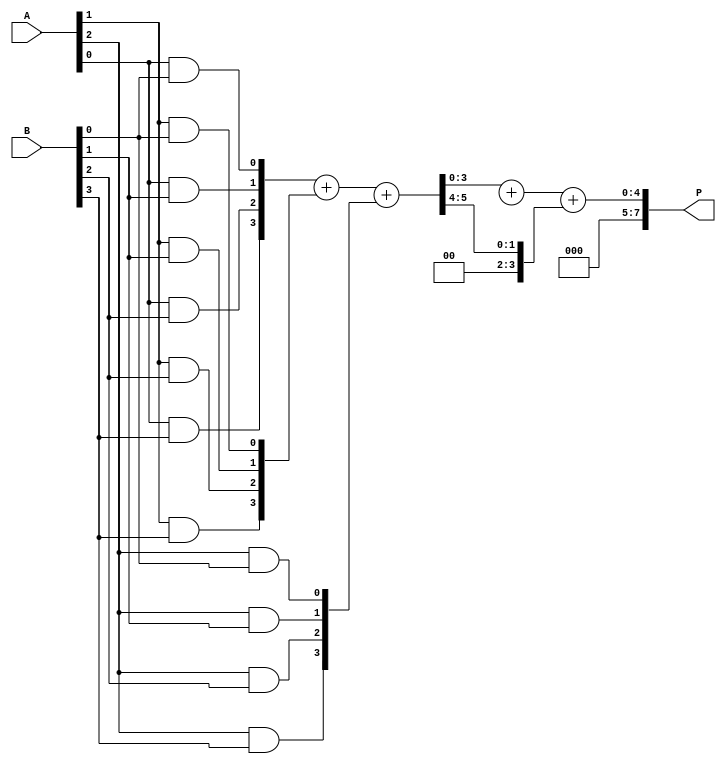
module wallace_tree_multiplier #(parameter N = 4) (
    input  [N-1:0] A,
    input  [N-1:0] B,
    output [2*N-1:0] P
);

// Partial Product Generation
wire [N-1:0] pp [N-1:0]; // Partial products

genvar i, j;
generate
    for (i = 0; i < N; i = i + 1) begin : pp_gen
        for (j = 0; j < N; j = j + 1) begin : pp_and
            assign pp[i][j] = A[i] & B[j];
        end
    end
endgenerate

// Reduction Tree
wire [N-1:0] sum [N-1:0]; // Sums for reduction
wire [N-1:0] carry [N-1:0]; // Carries for reduction

// Stage 1: Reduce partial products
generate
    for (i = 0; i < N-1; i = i + 1) begin : reduction_stage1
        if (i % 3 == 0) begin
            assign {carry[i], sum[i]} = pp[i] + pp[i+1] + pp[i+2];
        end
    end
endgenerate

// Stage 2: Further reduction
wire [N-1:0] final_sum;
wire final_carry;

assign {final_carry, final_sum} = sum[0] + sum[1] + carry[0];

// Final Product
assign P = {final_carry, final_sum};

endmodule